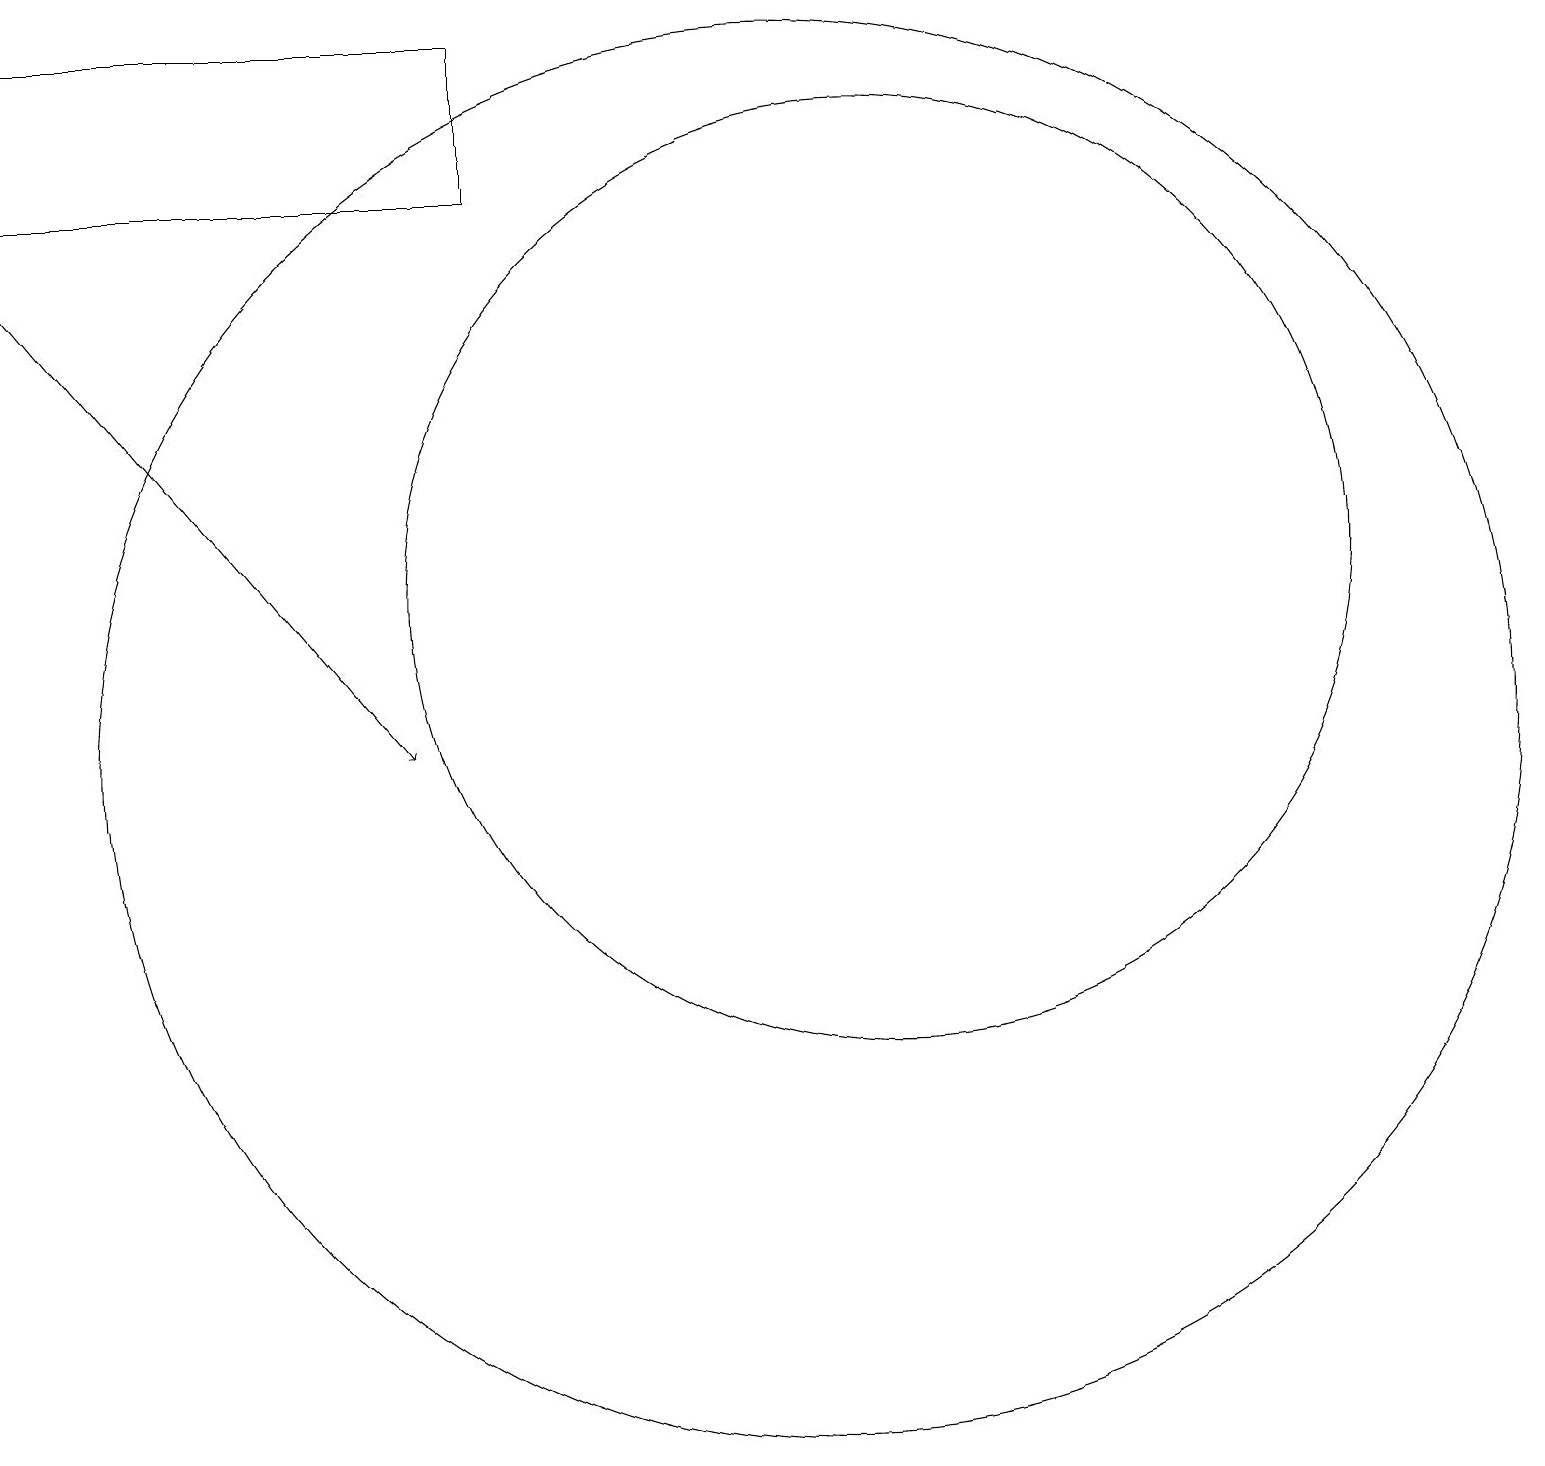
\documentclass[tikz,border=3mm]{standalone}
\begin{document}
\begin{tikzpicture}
\draw[->] (0,16) -- (5,10);
\draw (10,10) circle (9);
\draw (6,17) rectangle (0,19);
\draw (11,12) circle (6);
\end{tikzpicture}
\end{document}